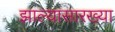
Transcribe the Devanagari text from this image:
झाल्यासारख्या